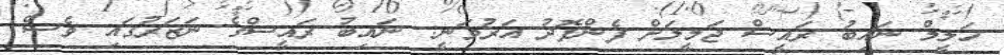
ހަލީމް ނައިބު ރައީސް ޖަމީލަށް ފެންފޮދު އަރުވަނީ: ނައިބު ރައީސްގެ ނަޒަރުގައި ވެސް